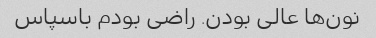
نون‌ها عالی بودن. راضی بودم باسپاس